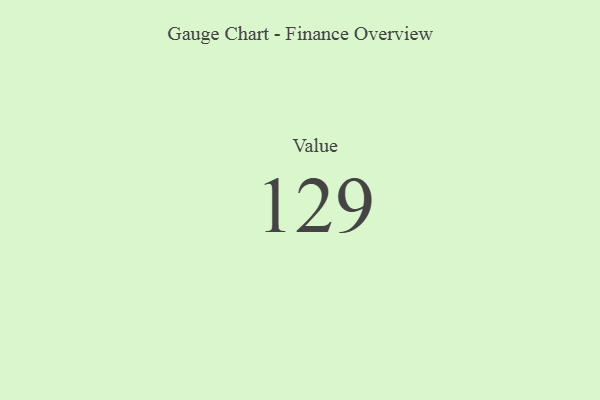
{"axis": {"x": "Metric", "y": "Value"}, "legend": [""], "data": [{"x": "Value", "y": 129, "type": ""}]}